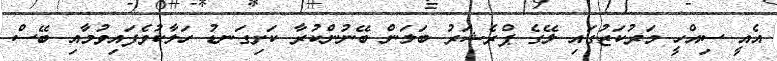
އެއީ ސިއްހީ މަރުކަޒުގައި ލޭގެ ޕްރެޝަރު ބަލަން ބޭނުންކުރާ ކަށިގަނޑު ހަލާކުވެފައިވުމާއި ބޭސް